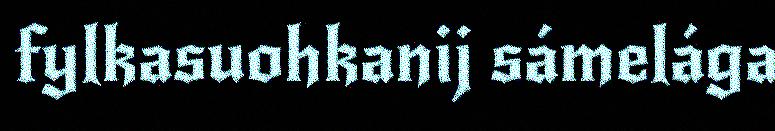
fylkasuohkanij sámelága